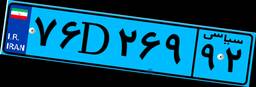
۷۶D۲۶۹۹۲